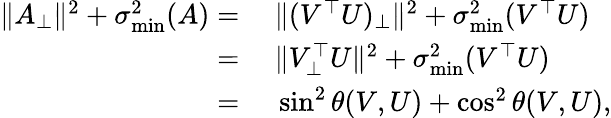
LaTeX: \begin{array}{rl}{\| A_{\bot}\| ^{2}+\sigma_{\operatorname*{min}}^{2}(A)=}&{~\| (V^{\top}U)_{\bot}\| ^{2}+\sigma_{\operatorname*{min}}^{2}(V^{\top}U)}\\ {=}&{~\| V_{\bot}^{\top}U\| ^{2}+\sigma_{\operatorname*{min}}^{2}(V^{\top}U)}\\ {=}&{~\sin^{2}\theta(V,U)+\cos^{2}\theta(V,U),}\end{array}